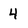
Character: 4